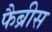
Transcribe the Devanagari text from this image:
फैब्रीस